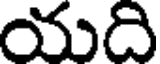
యది